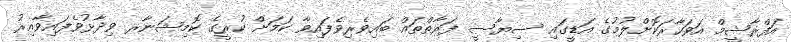
އަފްރާޝީމް އަވަހާރަކޮށްލުމުގެ އަޑީގައި ސިޔާސީ ފަރާތްތައް ބައިވެރިވެފައިވާ ކަމަށް ކުރީގެ ކޮމިޝަނާރ ވިދާޅުވެފައިވާއިރު